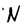
Character: N